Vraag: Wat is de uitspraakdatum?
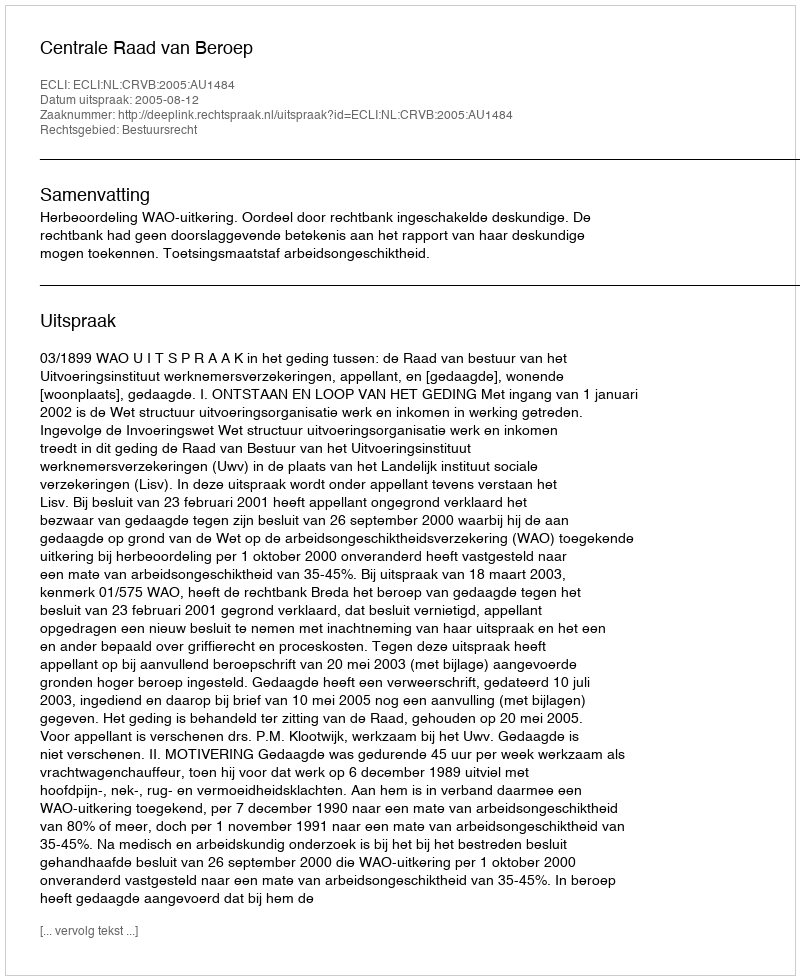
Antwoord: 2005-08-12